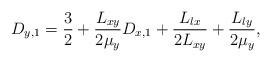
LaTeX: \begin{align*}D_{y,1} = \frac{3}{2}+\frac{L_{xy}}{2\mu_{y}}D_{x,1}+\frac{L_{lx}}{2L_{xy}}+\frac{L_{ly}}{2\mu_{y}},\end{align*}